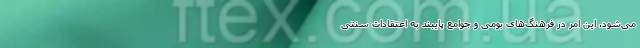
می‌شود. این امر در فرهنگ‌های بومی و جوامع پایبند به اعتقادات سنتی